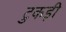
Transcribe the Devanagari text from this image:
टुकड़ी